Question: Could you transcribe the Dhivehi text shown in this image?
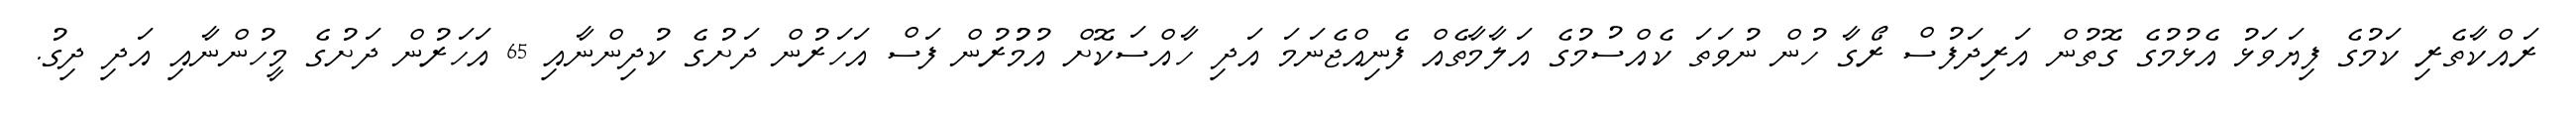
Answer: ރައްކާތެރި ކަމުގެ ފިޔަވަޅު އެޅުމުގެ ގޮތުން އަރިދަފުސް ރޯގާ ހުން ނުވަތަ ކެއްސުމުގެ އަލާމާތެއް ފެނިއްޖެނަމަ އަދި ހާއްސަކޮށް އުމުުރުން ފަސް އަހަރުން ދަށުގެ ކުދިންނާއި 65 އަހަރުން ދަށުގެ މީހުންނާއި އަދި ދިގު.